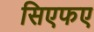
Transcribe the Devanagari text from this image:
सिएफए